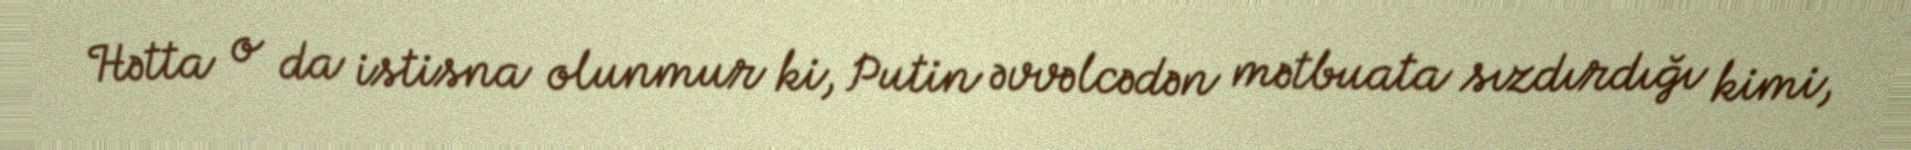
Hətta o da istisna olunmur ki, Putin əvvəlcədən mətbuata sızdırdığı kimi,